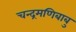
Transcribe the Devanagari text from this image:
चन्द्रमणिबाबु